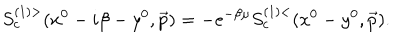
S _ { c } ^ { ( 1 ) > } ( x ^ { 0 } - i \beta - y ^ { 0 } , \vec { p } ) = - e ^ { - \beta \mu } S _ { c } ^ { ( 1 ) < } ( x ^ { 0 } - y ^ { 0 } , \vec { p } ) .